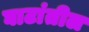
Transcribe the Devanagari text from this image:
घाटांतील